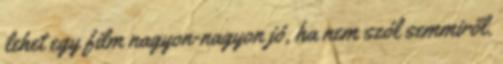
lehet egy film nagyon-nagyon jó, ha nem szól semmiről.